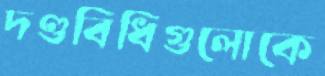
দণ্ডবিধিগুলোকে